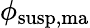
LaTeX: \phi_{\mathrm{susp,ma}}